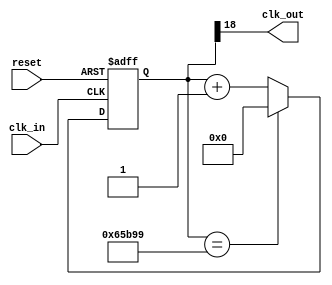
module divRelojVGA
#(
	// Parameter Declarations
	parameter VALUE = 416666   // Value = clk_in/2*clk_out
)

(
	// Input Ports
	input clk_in,
	input reset,

	// Output Ports
	output clk_out
);
	// CLK_OUT = CLK_IN/BITS_SIZE
	localparam BITS_SIZE = $clog2(VALUE); 

	reg [BITS_SIZE-1:0] divCounter = 0;
	
	always@(posedge clk_in or posedge reset)
		begin
			if(reset)
				divCounter <= 0;
			else if(divCounter == (VALUE - 1))
				divCounter <= 0;
			else
				divCounter <= divCounter + 1;
		end
	
	assign clk_out =  divCounter[BITS_SIZE-1];
	
endmodule